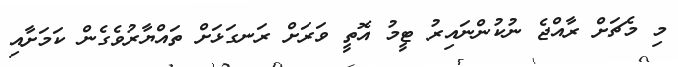
މި މެޗަށް ރާއްޖެ ނުކުންނައިރު ޓީމު އޮތީ ވަރަށް ރަނގަޅަށް ތައްޔާރުވެގެން ކަމަށާއި